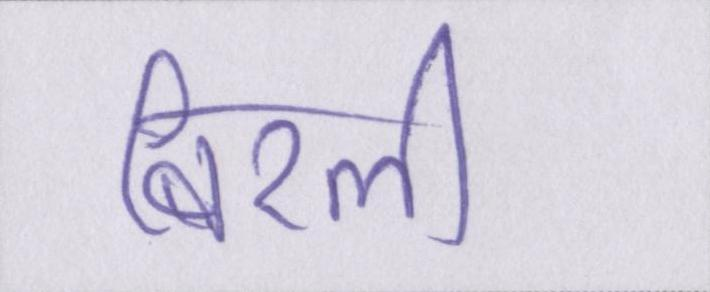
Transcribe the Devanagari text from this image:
बिरली